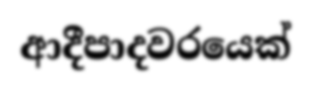
ආදීපාදවරයෙක්